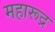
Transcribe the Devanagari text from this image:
महारूद्र